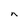
Character: n